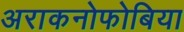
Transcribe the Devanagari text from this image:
अराकनोफोबिया